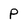
Character: P